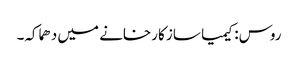
روس: کیمیا ساز کارخانے میں دھماکہ۔